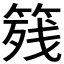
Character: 𱸐